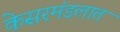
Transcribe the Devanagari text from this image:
केसरमंडलात